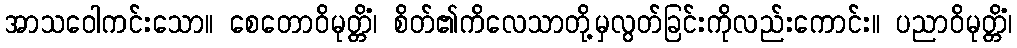
အာသဝေါကင်းသော။ စေတောဝိမုတ္တိံ၊ စိတ်၏ကိလေသာတို့မှလွတ်ခြင်းကိုလည်းကောင်း။ ပညာဝိမုတ္တိံ၊